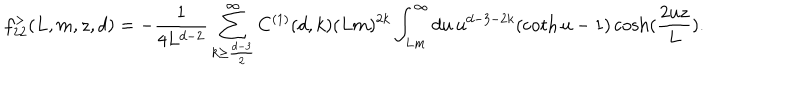
LaTeX: f _ { 2 2 } ^ { > } ( L , m , z , d ) = - \frac { 1 } { 4 L ^ { d - 2 } } \sum _ { k \geq \frac { d - 3 } { 2 } } ^ { \infty } C ^ { ( 1 ) } ( d , k ) ( L m ) ^ { 2 k } \int _ { L m } ^ { \infty } d u \, u ^ { d - 3 - 2 k } ( \coth u - 1 ) \cosh ( \frac { 2 u z } { L } ) .